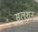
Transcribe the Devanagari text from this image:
सलूशन्